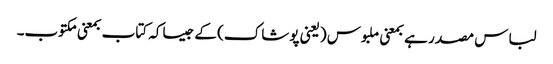
لباس مصدر ہے بمعنی ملبوس (یعنی پوشاک) کے جیساکہ کتاب بمعنی مکتوب۔